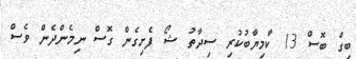
ބިގް ބޮސް 13 ކާމިޔާާބުކުރި ސިދާތު ޝޯޯ ފެށިގެން ގޮސް ނިމެންދެން ވެސް